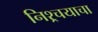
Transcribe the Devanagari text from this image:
निश्र्चयाचा